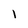
Character: 1